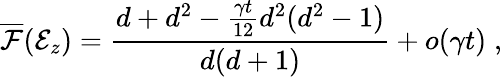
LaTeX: \overline{{\mathcal{F}}}(\mathcal{E}_{z})=\frac{d+d^{2}-\frac{\gamma t}{12}d^{2}(d^{2}-1)}{d(d+1)}+o(\gamma t)\; ,